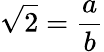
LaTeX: {\sqrt{2}}={\frac{a}{b}}